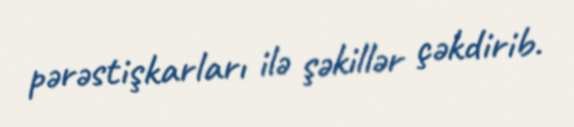
pərəstişkarları ilə şəkillər çəkdirib.